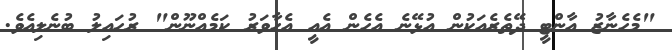
"މެހެނާޒު އާންޓީ ދޭތެރެއަކުން އުޅޭނެ އެހެން އެއީ އެހާވަރު ކަމެއްނޫން" ރުހައިލު ބުނެލިއެވެ.